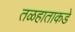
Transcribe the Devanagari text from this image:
तळहाताकडे